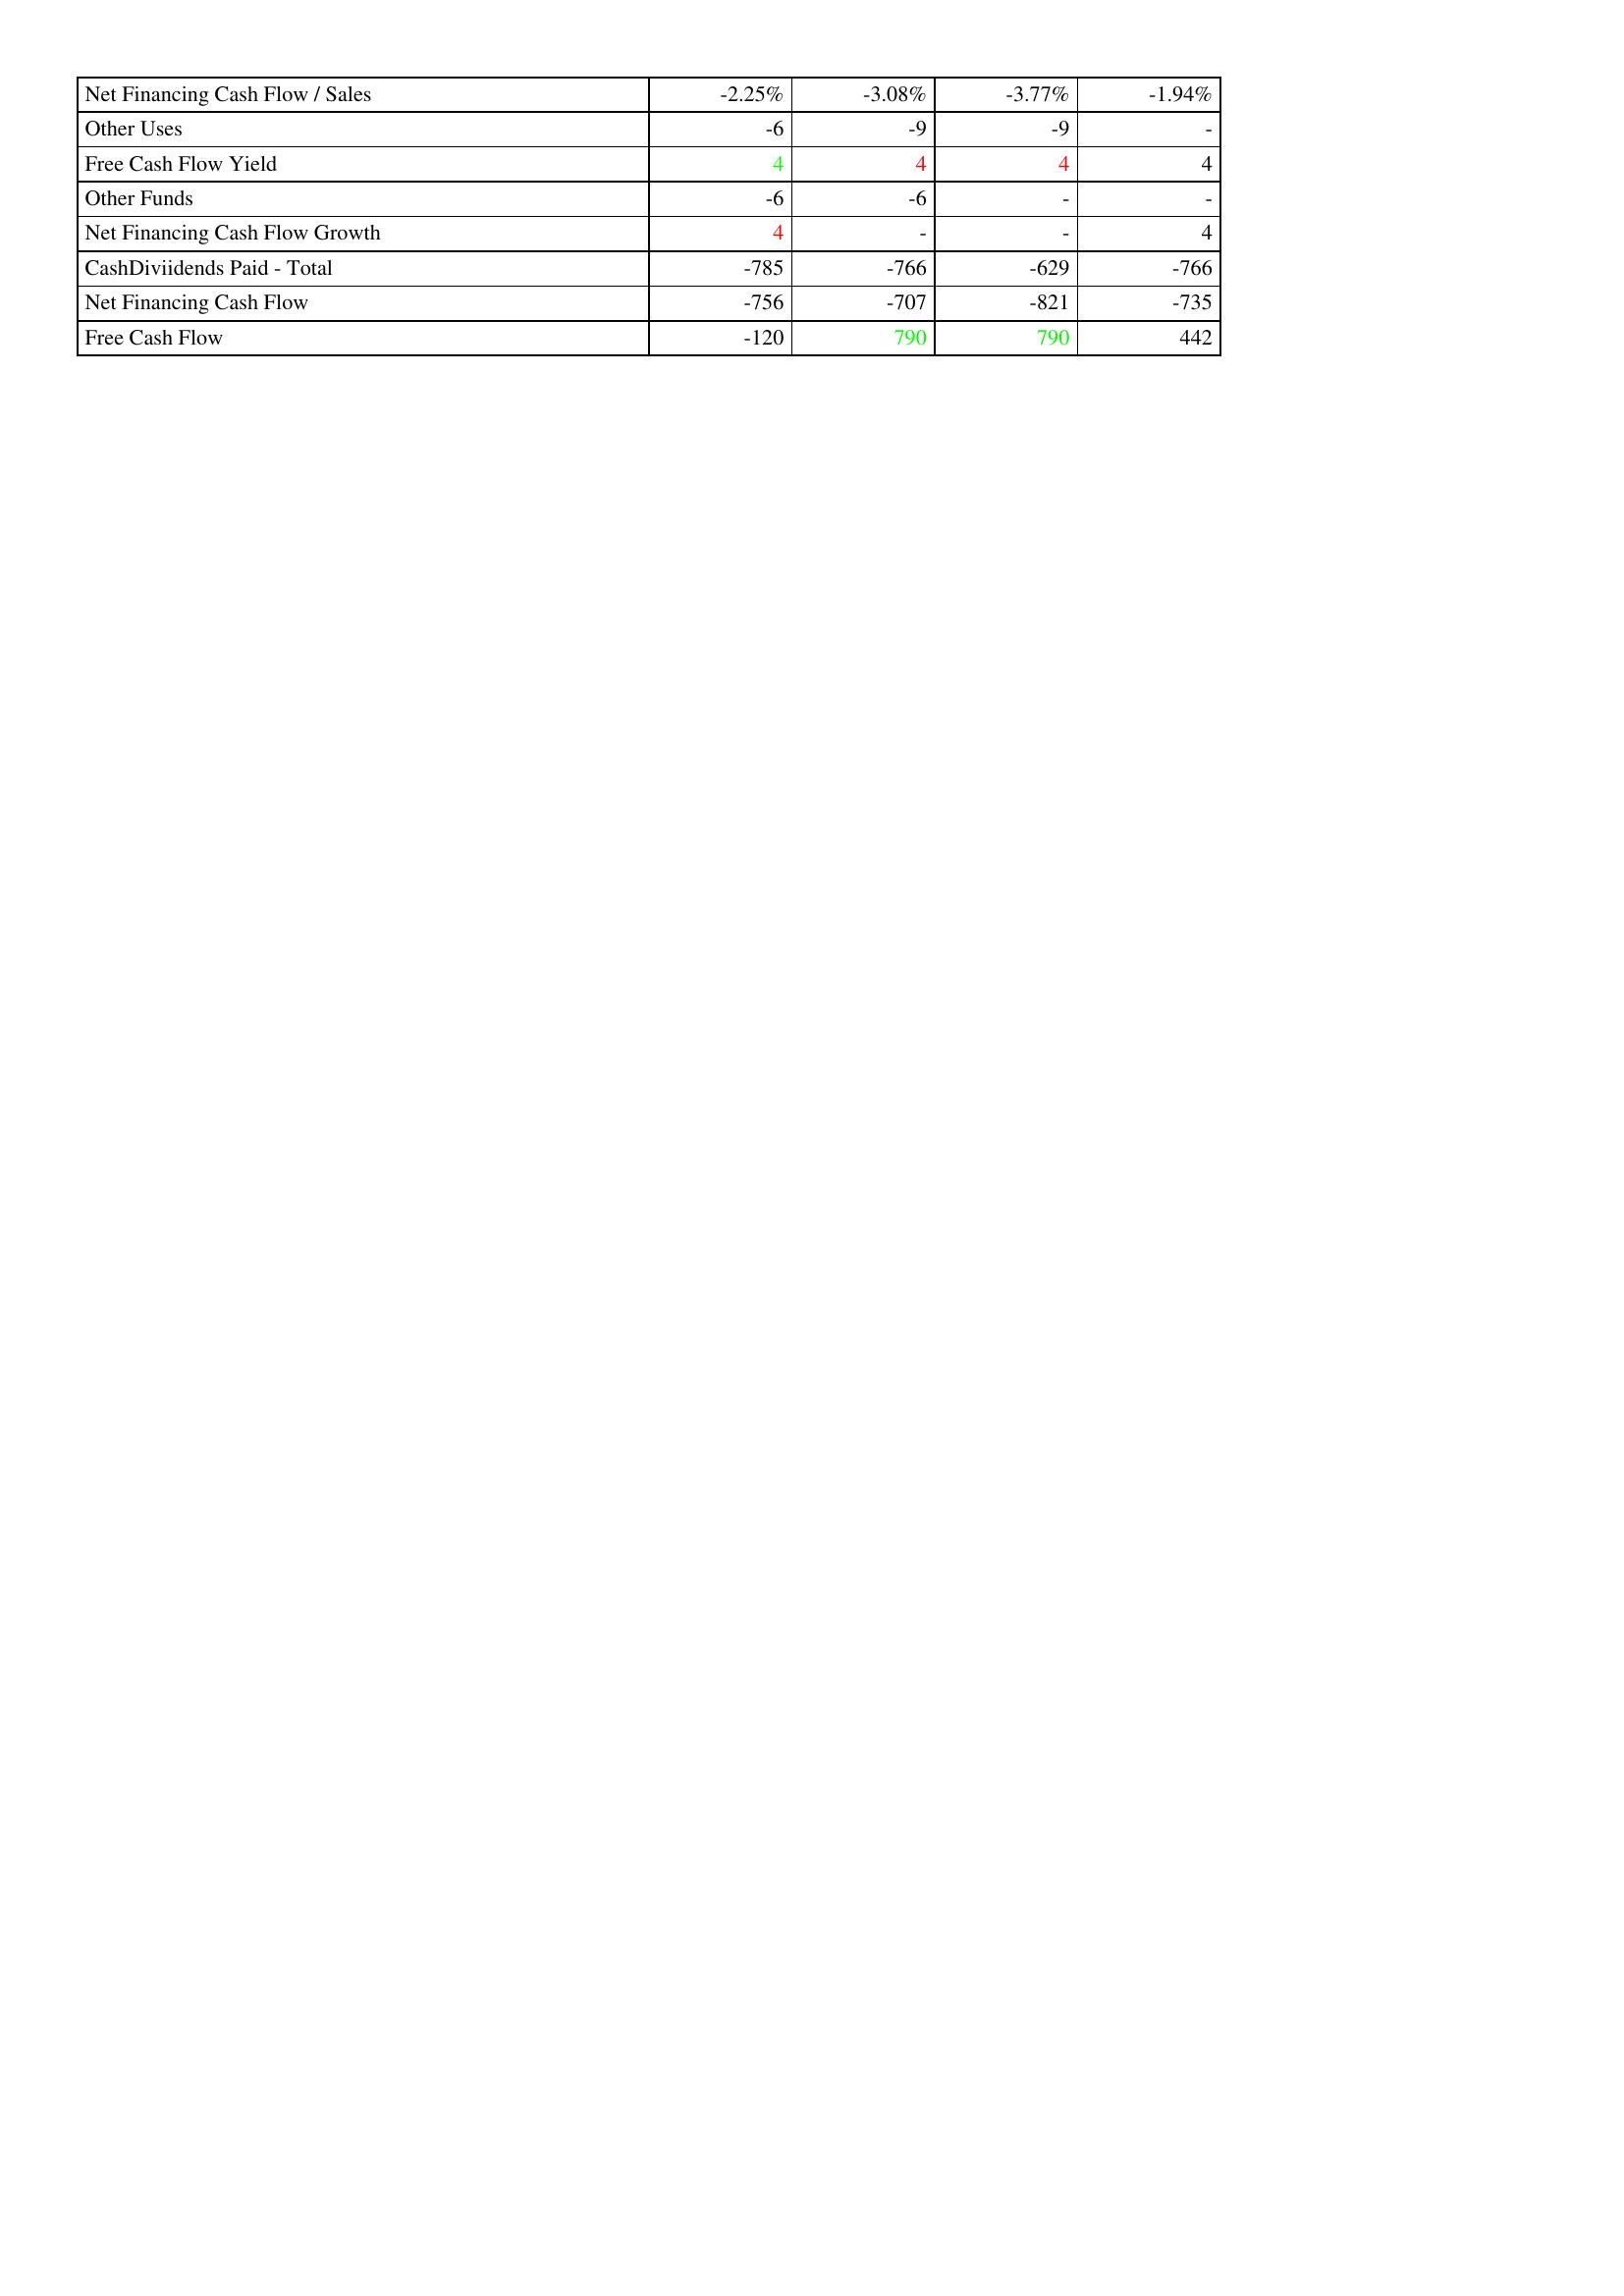
gt_parse: 2011: Financing Activities: Net Financing Cash Flow / Sales: -2.25%
Other Uses: -6
Free Cash Flow Yield: 4
Other Funds: -6
Net Financing Cash Flow Growth: 4
CashDiviidends Paid - Total: -785
Net Financing Cash Flow: -756
Free Cash Flow: -120
2010: Financing Activities: Net Financing Cash Flow / Sales: -3.08%
Other Uses: -9
Free Cash Flow Yield: 4
Other Funds: -6
Net Financing Cash Flow Growth: -
CashDiviidends Paid - Total: -766
Net Financing Cash Flow: -707
Free Cash Flow: 790
2009: Financing Activities: Net Financing Cash Flow / Sales: -3.77%
Other Uses: -9
Free Cash Flow Yield: 4
Other Funds: -
Net Financing Cash Flow Growth: -
CashDiviidends Paid - Total: -629
Net Financing Cash Flow: -821
Free Cash Flow: 790
2008: Financing Activities: Net Financing Cash Flow / Sales: -1.94%
Other Uses: -
Free Cash Flow Yield: 4
Other Funds: -
Net Financing Cash Flow Growth: 4
CashDiviidends Paid - Total: -766
Net Financing Cash Flow: -735
Free Cash Flow: 442